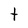
Character: t